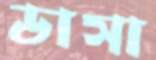
ডাসা